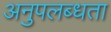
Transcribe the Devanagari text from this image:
अनुपलब्‍धता